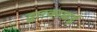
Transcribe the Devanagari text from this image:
द्वारकामाई